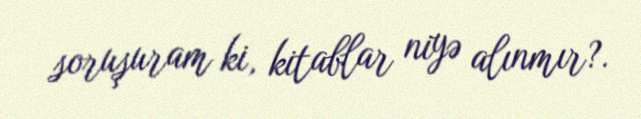
soruşuram ki, kitablar niyə alınmır?.